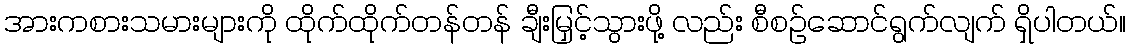
အားကစားသမားများကို ထိုက်ထိုက်တန်တန် ချီးမြှင့်သွားဖို့ လည်း စီစဉ်ဆောင်ရွက်လျက် ရှိပါတယ်။